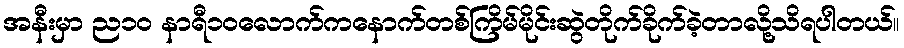
အနီးမှာ ည၁၀ နာရီ၁၀လောက်ကနောက်တစ်ကြိမ်မိုင်းဆွဲတိုက်ခိုက်ခဲ့တာလို့သိရပါတယ်။